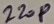
Text: 220P